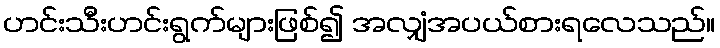
ဟင်းသီးဟင်းရွက်များဖြစ်၍ အလျှံအပယ်စားရလေသည်။